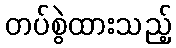
တပ်စွဲထားသည့်